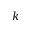
k